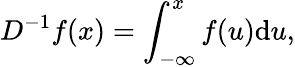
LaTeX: D^{-1}f(x)=\int_{-\infty}^{x}f(u)\mathrm{d}u,